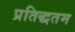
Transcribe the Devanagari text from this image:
प्रतिद्धतम